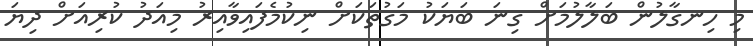
މި ހިނގާލުން ބަލާލުމަށް ގިނަ ބަޔަކު މަގުތަކަށް ނިކުމެފައިވާއިރު މިއަދު ކުރިއަށް ދިޔަ